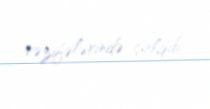
vəzifələrində çalışıb.